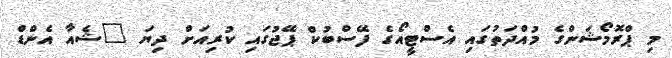
މި ޕްރޮމޯޝަންގެ މުއްދަތުގައި އެސްޓީއޯގެ ފޭސްބުކް ޕޭޖުގައި ކުރިއަށް ދިޔަ "ޝެއާ އެންޑް